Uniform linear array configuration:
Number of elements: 4
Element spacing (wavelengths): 0.25
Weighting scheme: kaiser
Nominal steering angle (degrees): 60
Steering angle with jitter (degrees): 59.043
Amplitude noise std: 0.05
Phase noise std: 0.05

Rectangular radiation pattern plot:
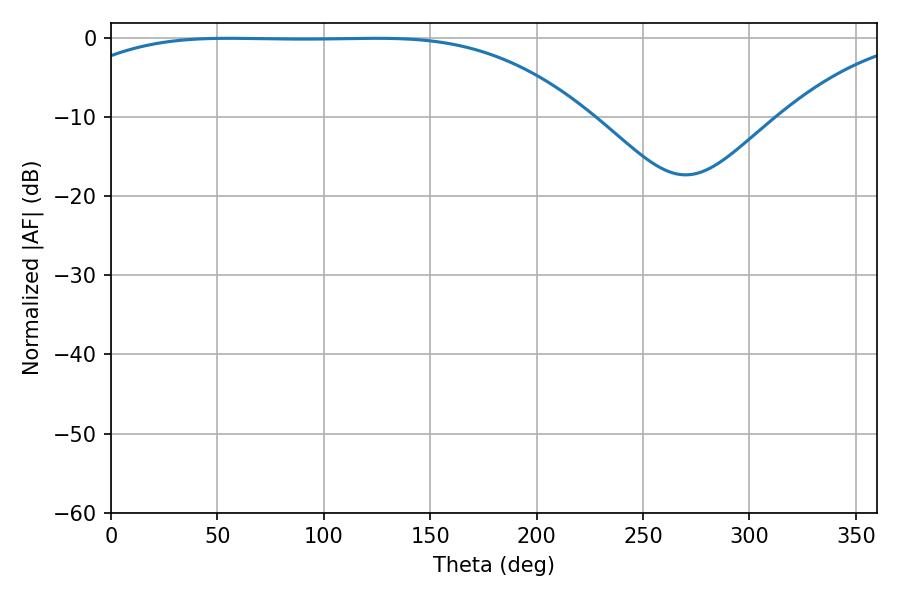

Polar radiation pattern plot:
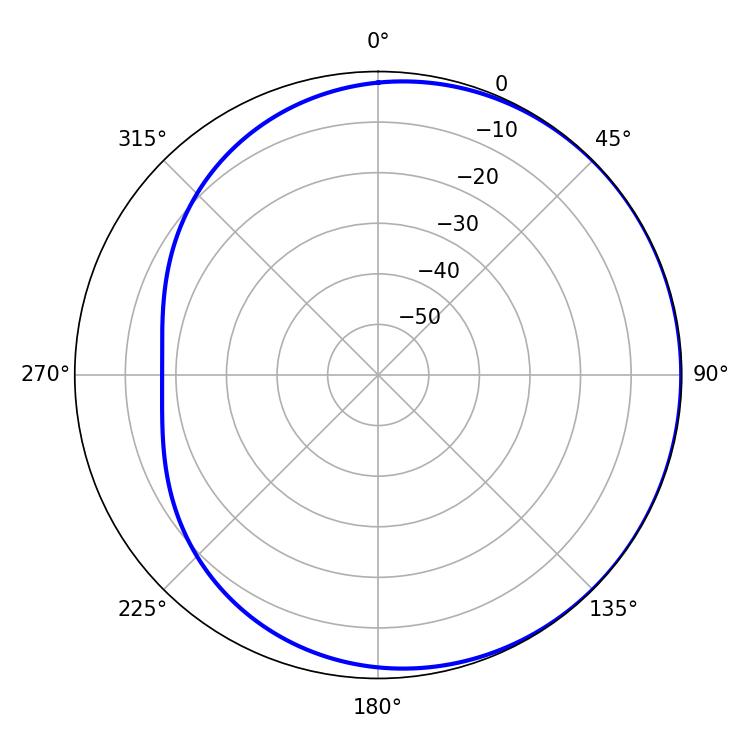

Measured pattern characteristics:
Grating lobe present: FALSE
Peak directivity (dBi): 0.6455
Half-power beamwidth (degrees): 187.38
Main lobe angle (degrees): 55.26